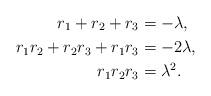
LaTeX: \begin{align*}r_1 + r_2 + r_3 &=-\lambda, \\ r_1 r_2 + r_2 r_3 + r_1 r_3 &= -2\lambda, \\ r_1 r_2 r_3 &=\lambda^2. \end{align*}